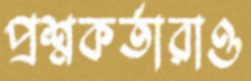
প্রশ্নকর্তারাও